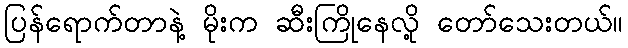
ပြန်ရောက်တာနဲ့ မိုးက ဆီးကြိုနေလို့ တော်သေးတယ်။